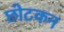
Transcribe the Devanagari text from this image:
छोटकन